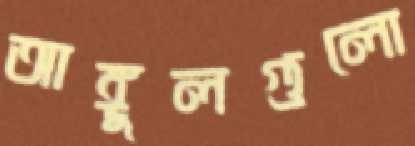
আঙ্গুলগুলো